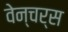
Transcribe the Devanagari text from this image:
वेन्चर्स